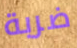
ضربة